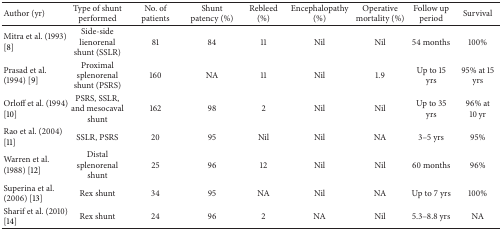
<table><thead><tr><td><b>Author (yr)</b></td><td><b>Type of shunt performed</b></td><td><b>No. of patients</b></td><td><b>Shunt patency (%)</b></td><td><b>Rebleed (%)</b></td><td><b>Encephalopathy (%)</b></td><td><b>Operative mortality (%)</b></td><td><b>Follow up period</b></td><td><b>Survival </b></td></tr></thead><tbody><tr><td>Mitra et al. (1993) [8]</td><td>Side-side lienorenal shunt (SSLR)</td><td>81</td><td>84</td><td>11</td><td>Nil</td><td>Nil</td><td>54 months</td><td>100%</td></tr><tr><td>Prasad et al. (1994) [9]</td><td>Proximal splenorenal shunt (PSRS)</td><td>160</td><td>NA</td><td>11</td><td>Nil</td><td>1.9</td><td>Up to 15 yrs</td><td>95% at 15 yrs</td></tr><tr><td>Orloff et al. (1994) [10]</td><td>PSRS, SSLR, and mesocaval shunt</td><td>162</td><td>98</td><td>2</td><td>Nil</td><td>Nil</td><td>Up to 35 yrs</td><td>96% at 10 yr</td></tr><tr><td>Rao et al. (2004) [11]</td><td>SSLR, PSRS</td><td>20</td><td>95</td><td>Nil</td><td>Nil</td><td>NA</td><td>3–5 yrs</td><td>95%</td></tr><tr><td>Warren et al. (1988) [12]</td><td>Distal splenorenal shunt</td><td>25</td><td>96</td><td>12</td><td>Nil</td><td>Nil</td><td>60 months</td><td>96%</td></tr><tr><td>Superina et al. (2006) [13]</td><td>Rex shunt</td><td>34</td><td>95</td><td>NA</td><td>Nil</td><td>NA</td><td>Up to 7 yrs</td><td>100%</td></tr><tr><td>Sharif et al. (2010) [14]</td><td>Rex shunt</td><td>24</td><td>96</td><td>2</td><td>NA</td><td>Nil</td><td>5.3–8.8 yrs</td><td>NA</td></tr></tbody></table>